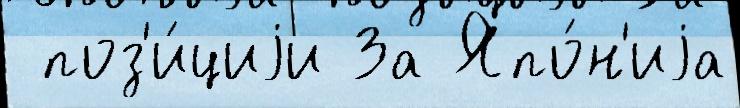
 поз'и́циjи За Япо́н'иjа